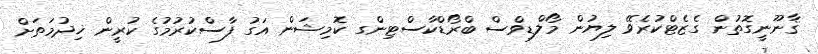
ޤާނޫނީގޮތުން ގެޒެޓްކުރެވޭ ލިޔުން މޯލްޑިވްސް ބްރޯޑްކާސްޓިންގ ކޮމިޝަން އަގު ފާސްކުރުމުގެ ކުރީން ޚިދުމަތަށް